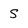
Character: S